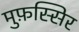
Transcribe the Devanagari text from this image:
मुफ़स्सिर